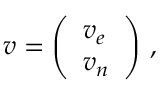
{ \boldsymbol { v } } = { \left( \begin{array} { l } { v _ { e } } \\ { v _ { n } } \end{array} \right) } \ ,